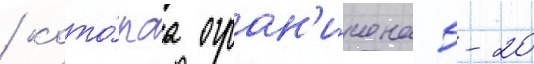
/ кото́раа огран'и́чена 5-20